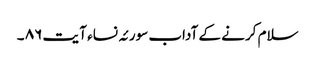
سلام کرنے کے آداب سورئہ نساء آ یت ٨٦ ۔